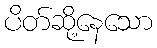
ပိတ်ဆို့နေသော